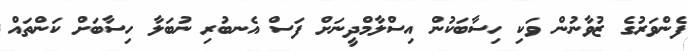
ފެންވަރުގެ ޒުވާނުން ވަކި ހިސާބަކުން އިސްލާމްދީނަށް ފަސް އެނބުރި ނުބަލާ ހިސާބަށް ކަންތައް